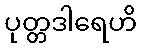
ပုတ္တဒါရေဟိ